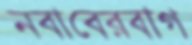
নবাবেরবাগ